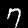
Label: 7